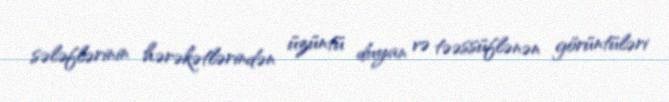
sələflərinin hərəkətlərindən üzüntü duyan və təəssüflənən görüntüləri